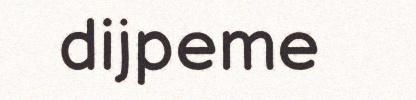
dijpeme